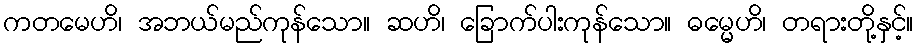
ကတမေဟိ၊ အဘယ်မည်ကုန်သော။ ဆဟိ၊ ခြောက်ပါးကုန်သော။ ဓမ္မေဟိ၊ တရားတို့နှင့်။